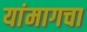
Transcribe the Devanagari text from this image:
यांमागचा